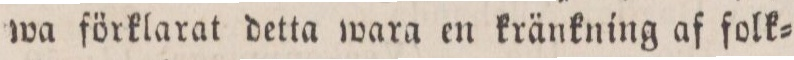
wa förklarat detta wara en kränkning af folk=